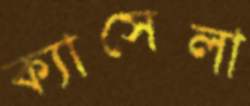
ক্যাসেলা